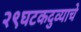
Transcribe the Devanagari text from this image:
२९घटकदुव्याचे